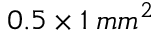
0 . 5 \times 1 \: m m ^ { 2 }